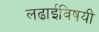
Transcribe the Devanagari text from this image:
लढाईविषयी